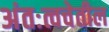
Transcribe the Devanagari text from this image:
अंतःत्वचेतील